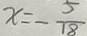
x = - \frac { 5 } { 1 8 }